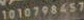
1010798457